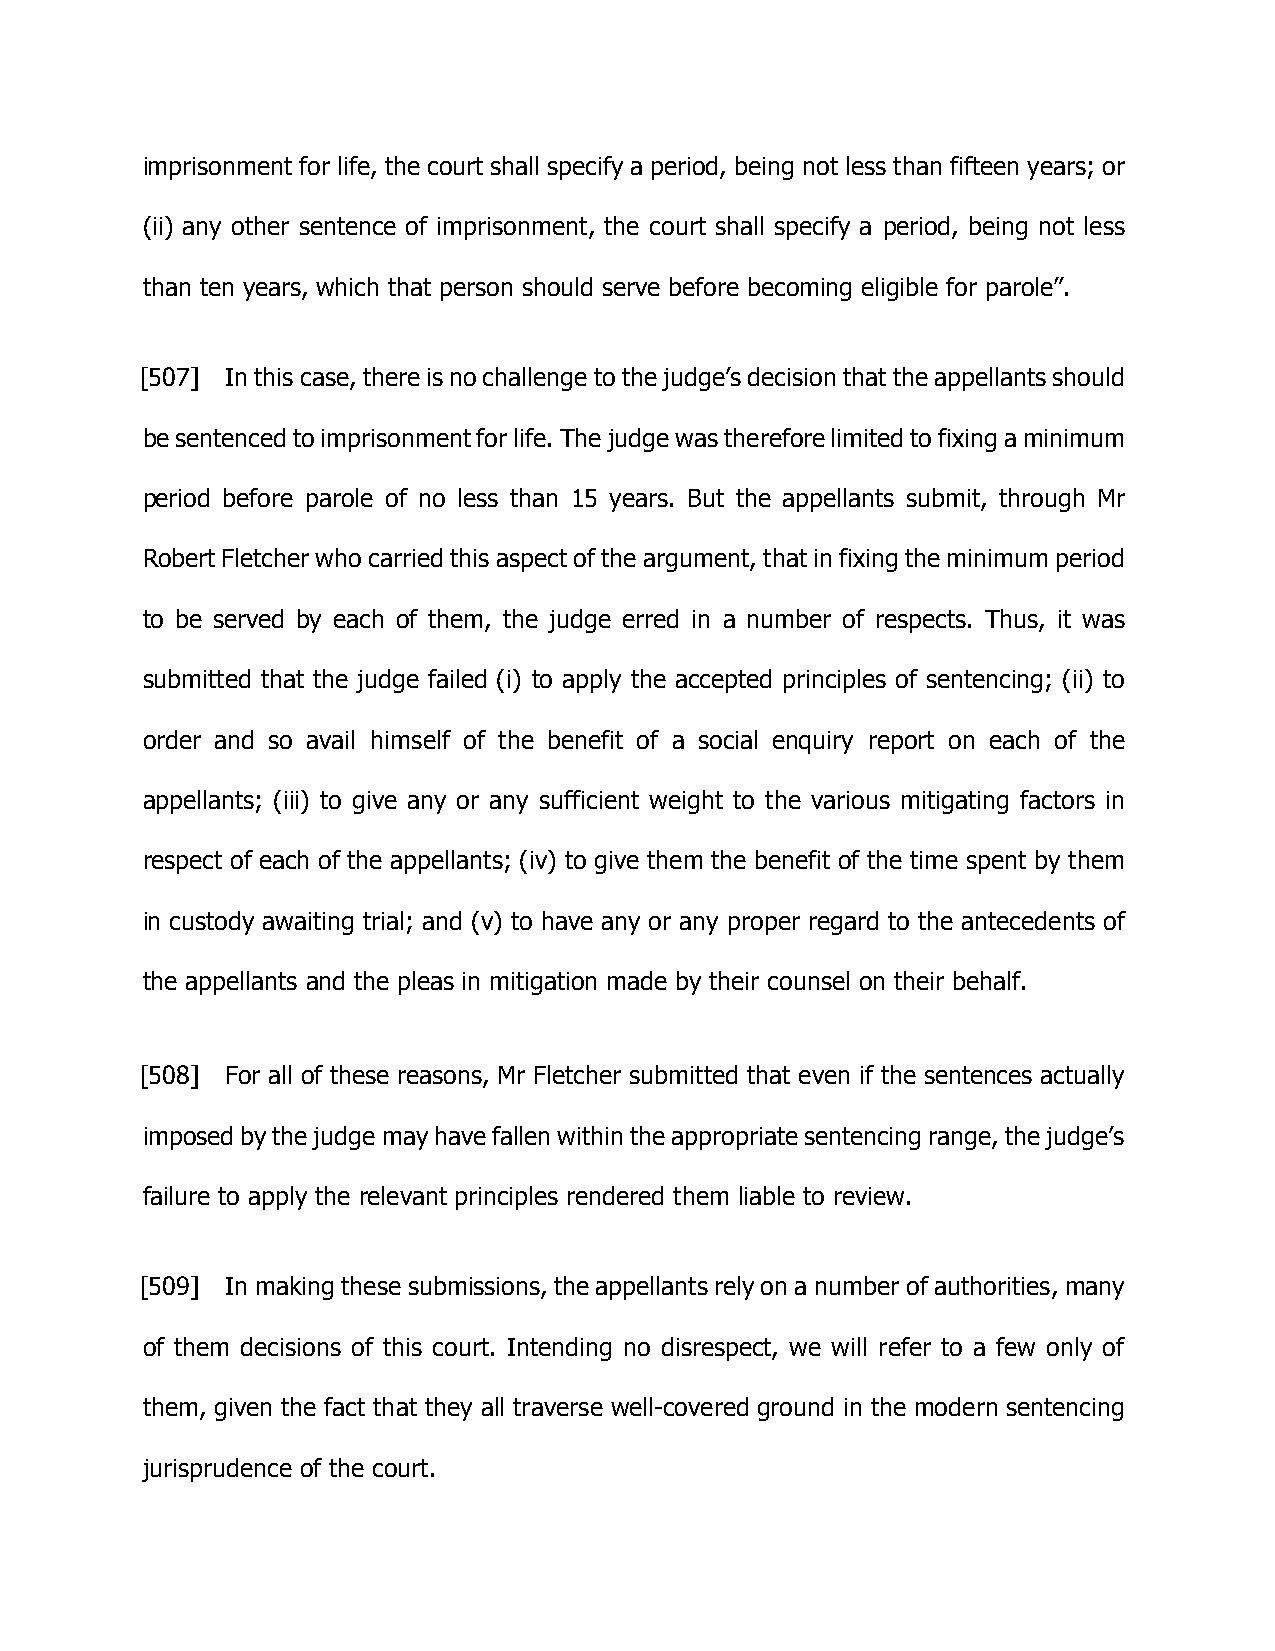
imprisonment for life, the court shall specify a period, being not less than fifteen years; or
 (ii) any other sentence of imprisonment, the court shall specify a period, being not less
 than ten years, which that person should serve before becoming eligible for parole”.
 [507] In this case, there is no challenge to the judge’s decision that the appellants should
 be sentenced to imprisonment for life. The judge was therefore limited to fixing a minimum
 period before parole of no less than 15 years. But the appellants submit, through Mr
 Robert Fletcher who carried this aspect of the argument, that in fixing the minimum period
 to be served by each of them, the judge erred in a number of respects. Thus, it was
 submitted that the judge failed (i) to apply the accepted principles of sentencing; (ii) to
 order and so avail himself of the benefit of a social enquiry report on each of the
 appellants; (iii) to give any or any sufficient weight to the various mitigating factors in
 respect of each of the appellants; (iv) to give them the benefit of the time spent by them
 in custody awaiting trial; and (v) to have any or any proper regard to the antecedents of
 the appellants and the pleas in mitigation made by their counsel on their behalf.
 [508] For all of these reasons, Mr Fletcher submitted that even if the sentences actually
 imposed by the judge may have fallen within the appropriate sentencing range, the judge’s
 failure to apply the relevant principles rendered them liable to review.
 [509] In making these submissions, the appellants rely on a number of authorities, many
 of them decisions of this court. Intending no disrespect, we will refer to a few only of
 them, given the fact that they all traverse well-covered ground in the modern sentencing
 jurisprudence of the court.